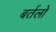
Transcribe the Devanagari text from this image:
बर्तलो